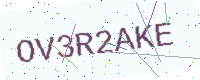
Text: OV3R2AKE